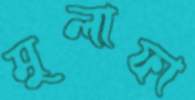
মুলাফা